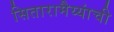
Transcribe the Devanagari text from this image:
सितारामैय्यांची